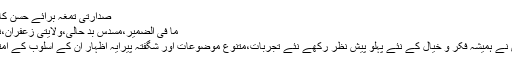
صدارتی تمغہ برائے حسن کار کر دگی 1985
ما فی الضمیر،مسدس بد حالی،ولایتی زعفران،نشاط تماشا(کلیات)
سید ضمیر جعفری نے ہمیشہ فکر و خیال کے نئے پہلو پیش نظر رکھے نئے تجربات،متنوع موضوعات اور شگفتہ پیرایہ اظہار ان کے اسلوب کے امتیازی اوصاف ہیں۔